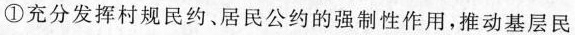
①充分发挥村规民约、居民公约的强制性作用，推动基层民